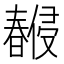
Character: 𣋨